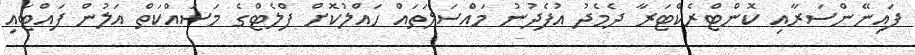
ފައިނޭންސަރާއި ކޮންޓްރެކްޓަރާ ދެމެދު އުފެދުނު މައްސަލަތައް ހައްލުކޮށް ފްލެޓްގެ މަސައްކަތް އަލުން ފައްޓައި